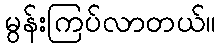
မွန်းကြပ်လာတယ်။